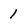
Character: 1